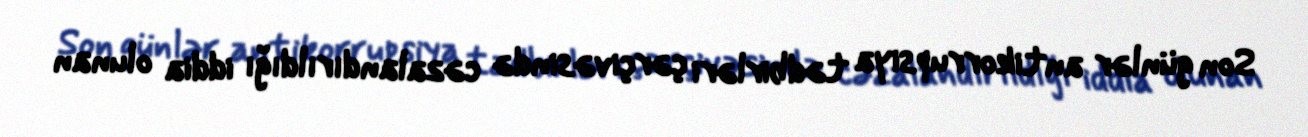
Son günlər antikorrupsiya tədbirləri çərçivəsində cəzalandırıldığı iddia olunan